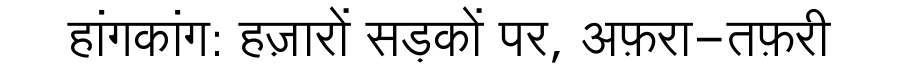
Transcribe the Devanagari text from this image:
हांगकांग: हज़ारों सड़कों पर, अफ़रा-तफ़री